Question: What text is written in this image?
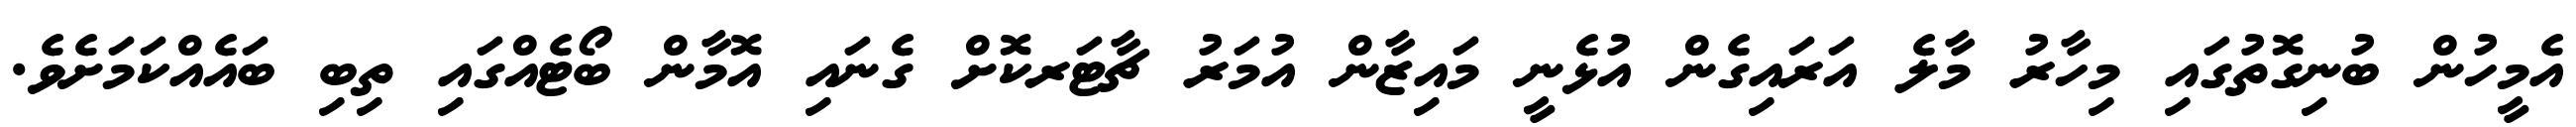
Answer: އެމީހުން ބުނިގޮތުގައި މިހާރު މާލެ އަރައިގެން އުޅެނީ މައިޒާން އުމަރު ޗާޓަރކޮށް ގެނައި އޮމާން ބޯޓެއްގައި ތިބި ބައެއްކަމަށެވެ.